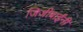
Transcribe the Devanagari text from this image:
जिजीबाईंनी